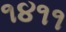
૧૪૧૧